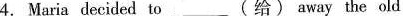
4. Maria decided to ___ (给) away the old